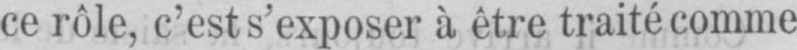
ce rôle, c’est s’exposer à être traité comme